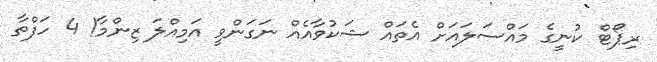
ރިޕޯޓް ކުނީގެ މައްސަލައަށް އެތައް ޝަކުވާއެއް ނަގަންވީ އަމިއްލަ ޒިންމާ! 4 ހަފްތާ